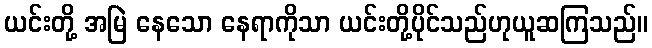
ယင်းတို့ အမြဲ နေသော နေရာကိုသာ ယင်းတို့ပိုင်သည်ဟုယူဆကြသည်။